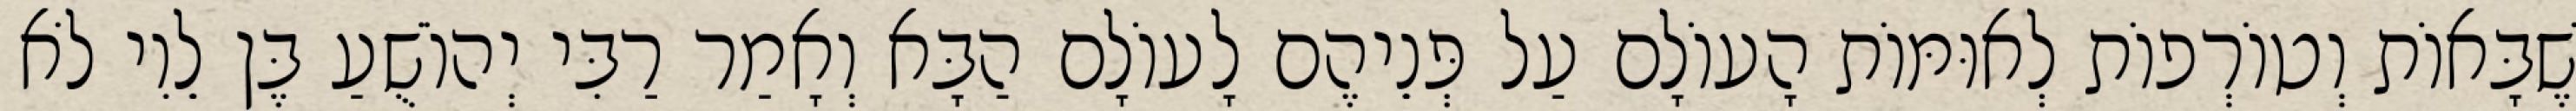
שֶׁבָּאוֹת וְטוֹרְפוֹת לְאוּמּוֹת הָעוֹלָם עַל פְּנֵיהֶם לָעוֹלָם הַבָּא וְאָמַר רַבִּי יְהוֹשֻׁעַ בֶּן לֵוִי לֹא